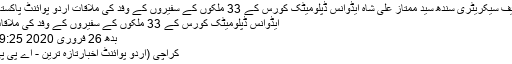
چیف سیکریٹری سندھ سید ممتاز علی شاہ ایڈوانس ڈپلومیٹک کورس کے 33 ملکوں کے سفیروں کے وفد کی ملاقات اُردو پوائنٹ پاکستان
ایڈوانس ڈپلومیٹک کورس کے 33 ملکوں کے سفیروں کے وفد کی ملاقات
بدھ 26 فروری 2020 19:25
کراچی (اُردو پوائنٹ اخبارتازہ ترین - اے پی پی۔